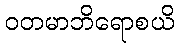
ဝတမာဘိရောစယိ